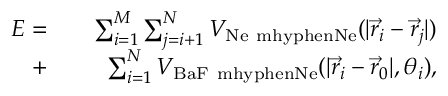
\begin{array} { r l r } { E = } & { } & { \sum _ { i = 1 } ^ { M } \sum _ { j = i + 1 } ^ { N } V _ { \mathrm { N e \ m h y p h e n N e } } ( | \Vec { r } _ { i } - \Vec { r } _ { j } | ) } \\ { + } & { } & { \sum _ { i = 1 } ^ { N } V _ { \mathrm { B a F \ m h y p h e n N e } } ( | \Vec { r } _ { i } - \Vec { r } _ { 0 } | , \theta _ { i } ) , } \end{array}